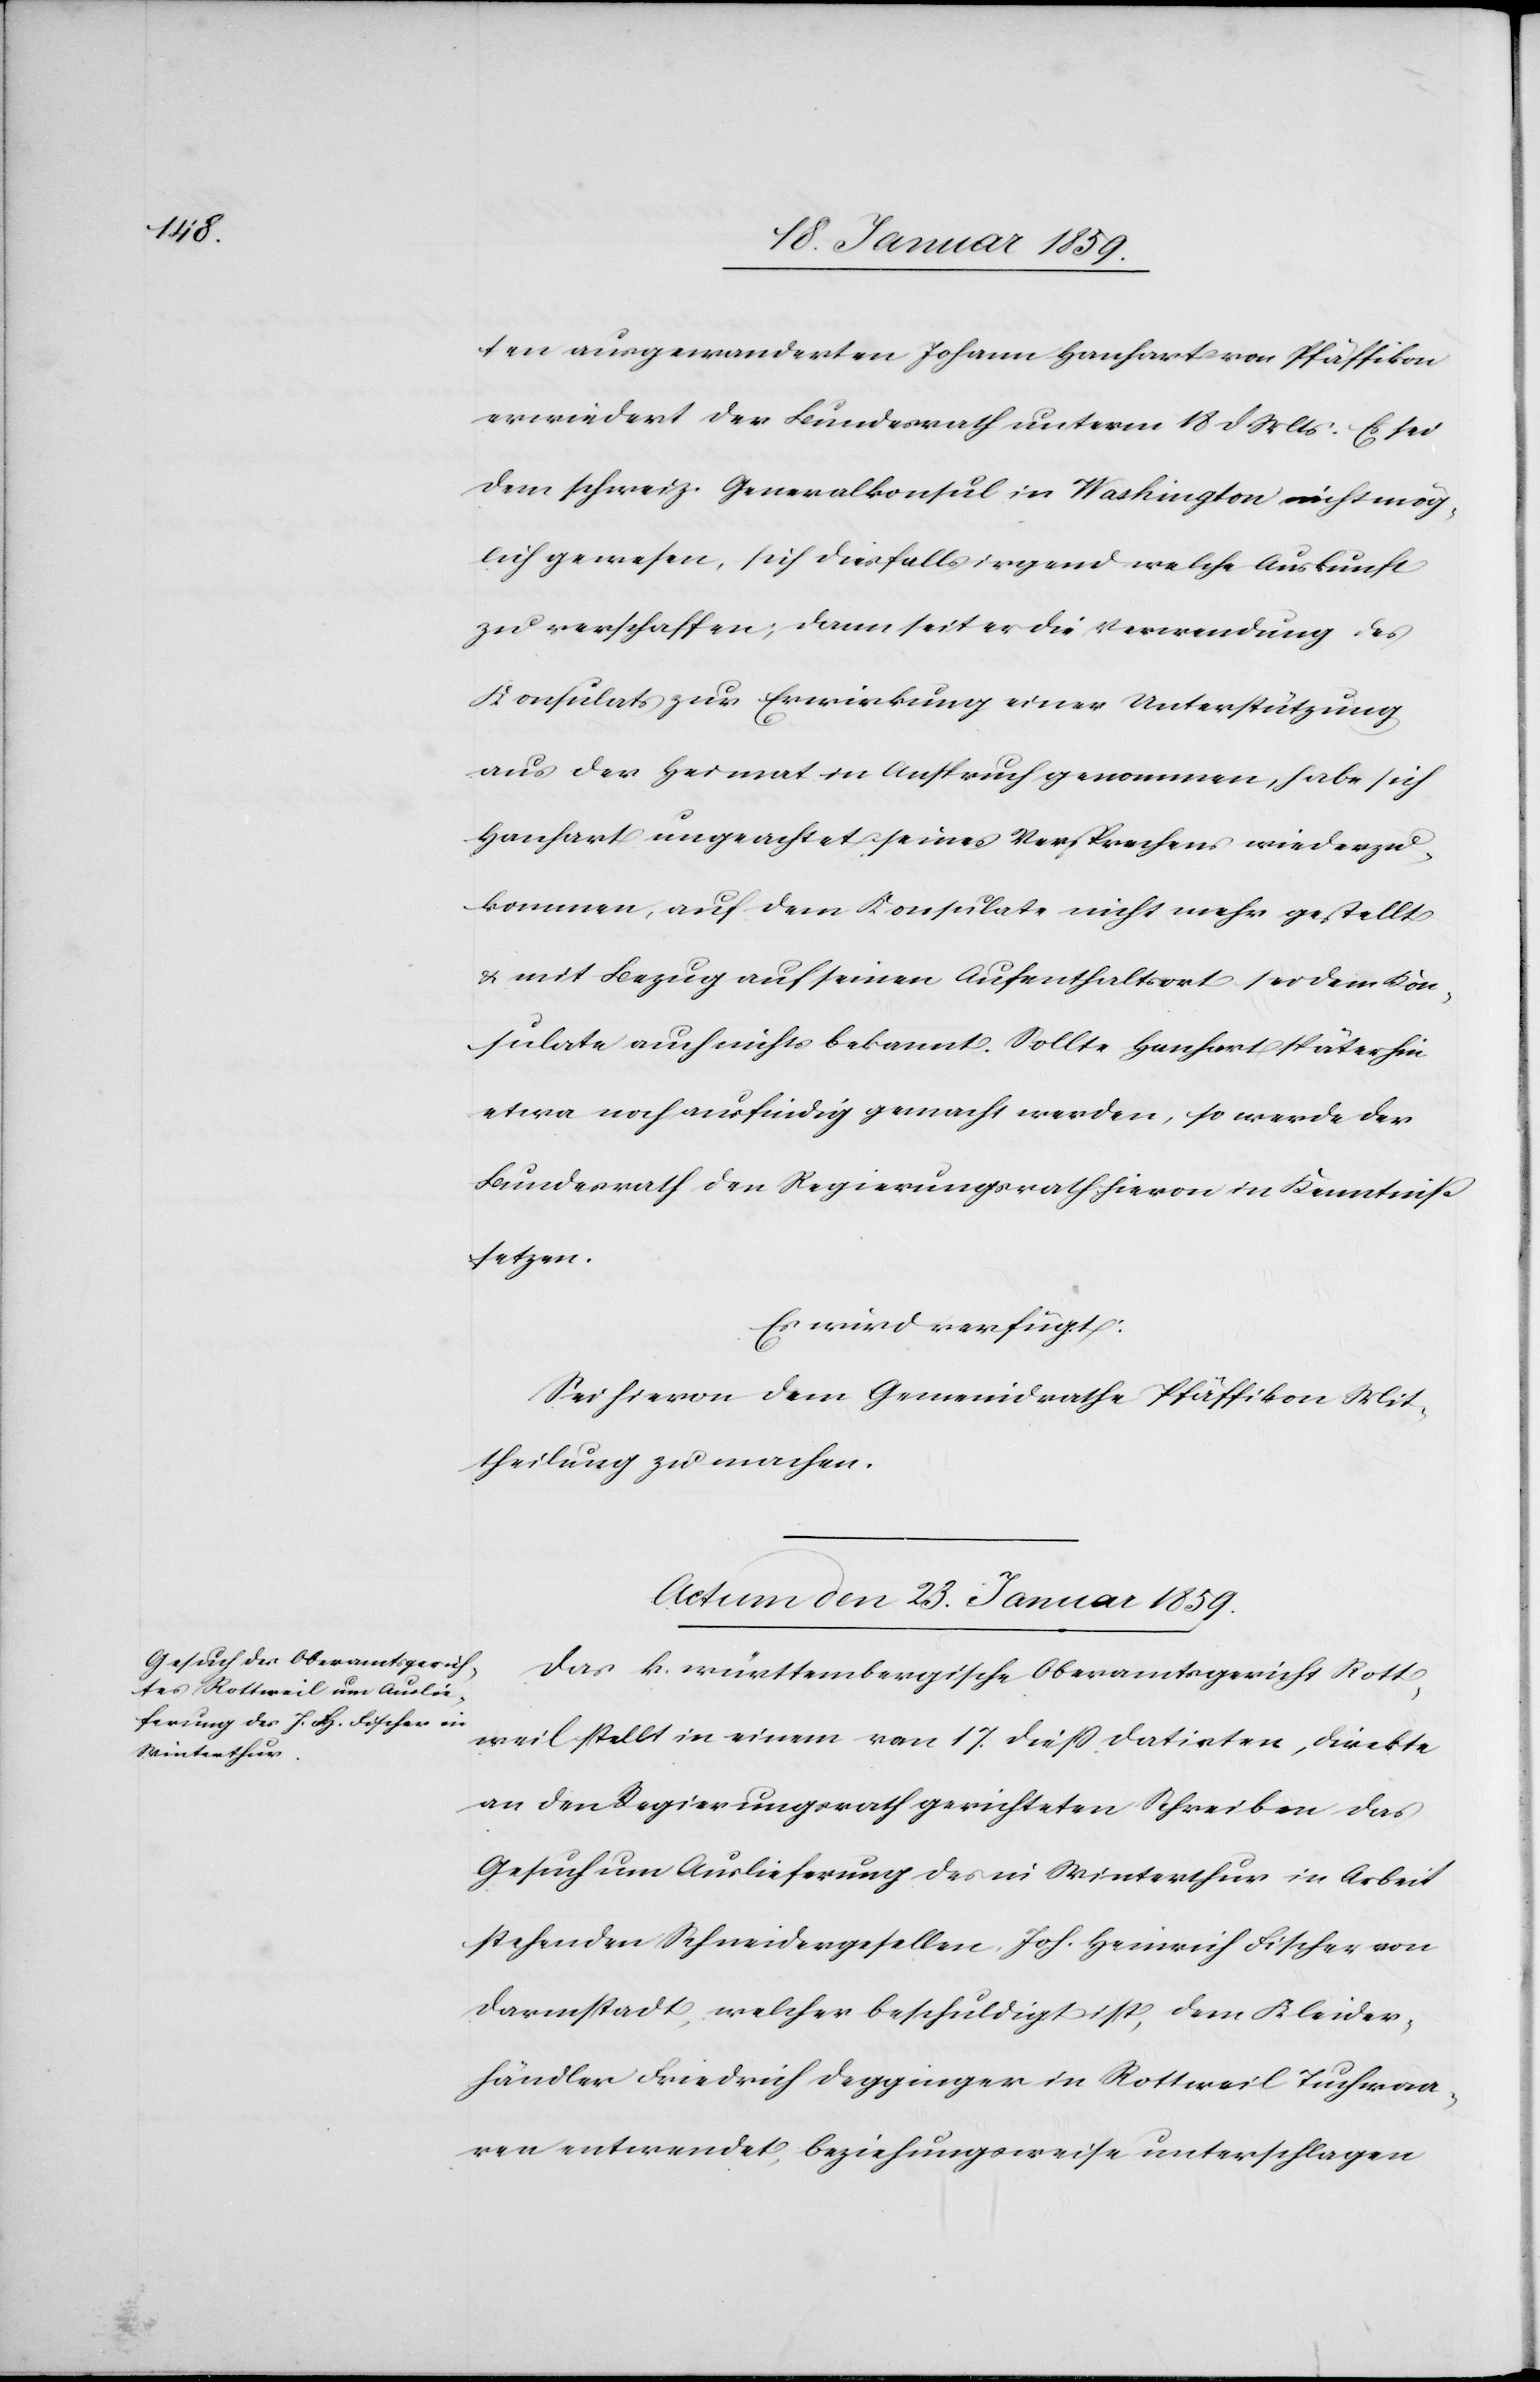
ten ausgewanderten Johann Hanhart von Pfäffikon
erwiedert der Bundesrath unterm 18 d Mts. Es sei
dem schweiz. Generalkonsul in Washington nicht mög¬
lich gewesen, sich diesfalls irgend welche Auskunft
zu verschaffen; dann [sic!] seit er die Verwendung des
Konsulats zur Erwirkung einer Unterstützung
aus der Heimat in Anspruch genommen, habe sich
Hanhart ungeachtet seines Versprechens wiederzu¬
kommen, auf dem Konsulate nicht mehr gestellt
& mit Bezug auf seinen Aufenthaltsort sei dem Kon¬
sulate auch nichts bekannt. Sollte Hanhart späterhin
etwa noch ausfindig gemacht werden, so werde der
Bundesrath den Regierungsrath hiervon in Kenntniß
setzen.
Es wird verfügt:
Sei hievon dem Gemeindrathe Pfäffikon Mit¬
theilung zu machen.
Actum den 23. Januar 1859.
Das k. württembergische Oberamtsgericht Rott¬
weil stellt in einem vom 17. dieß datirten, direkte
an den Regierungsrath gerichteten Schreiben das
Gesuch um Auslieferung des in Winterthur in Arbeit
stehenden Schneidergesellen, Joh. Heinrich Fischer von
Darmstadt, welcher beschuldigt ist, dem Kleider¬
händler Friedrich Degginger in Rottweil Tuchwaa¬
ren entwendet, beziehungsweise unterschlagen